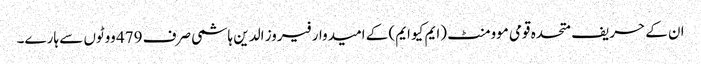
ان کے حریف متحدہ قومی موومنٹ (ایم کیو ایم) کے امیدوار فیروز الدین ہاشمی صرف 479 ووٹوں سے ہارے۔